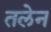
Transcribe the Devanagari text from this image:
तलेन